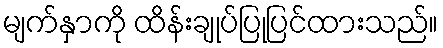
မျက်နှာကို ထိန်းချုပ်ပြုပြင်ထားသည်။